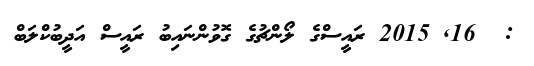
:  16